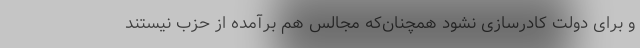
و برای دولت کادرسازی نشود همچنان‌که مجالس هم برآمده از حزب نیستند